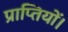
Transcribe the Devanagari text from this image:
प्राप्तियों।